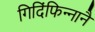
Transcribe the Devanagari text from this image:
गिदिंफिन्‍नानै